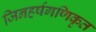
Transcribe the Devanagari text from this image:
जिनहर्षगणिकृत